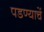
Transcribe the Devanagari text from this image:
पडण्याचें